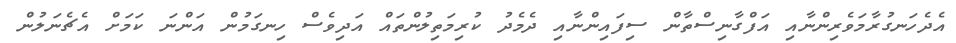
އެދެހަނގުރާމަވެރިންނާއި އަފްގާނިސްތާން ސިފައިންނާއި ދެމެދު ކުރިމަތިލުންތައް އަދިވެސް ހިނގަމުން އަންނަ ކަމަށް އެޗެނަލުން